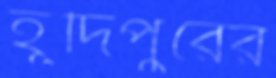
হূদিপুরের